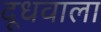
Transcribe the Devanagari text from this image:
दूधवाला